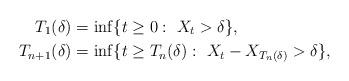
LaTeX: \begin{align*}T_{1}(\delta)&=\inf\{t\geq 0:\,\,X_{t}>\delta\},\\T_{n+1}(\delta)&=\inf\{t\geq T_{n}(\delta):\,\,X_{t}-X_{T_{n}(\delta)}>\delta\},\end{align*}